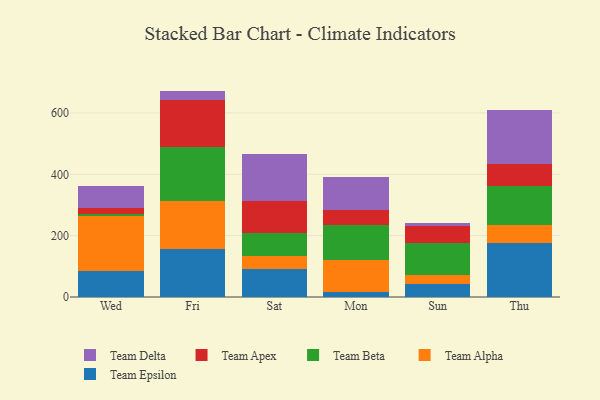
{"axis": {"x": "Day", "y": "Energy Usage (MWh)"}, "legend": ["Team Alpha", "Team Apex", "Team Beta", "Team Delta", "Team Epsilon"], "data": [{"x": "Wed", "y": 85.7, "type": "Team Epsilon"}, {"x": "Wed", "y": 178.7, "type": "Team Alpha"}, {"x": "Wed", "y": 5.0, "type": "Team Beta"}, {"x": "Wed", "y": 22.1, "type": "Team Apex"}, {"x": "Wed", "y": 71.0, "type": "Team Delta"}, {"x": "Fri", "y": 155.4, "type": "Team Epsilon"}, {"x": "Fri", "y": 158.9, "type": "Team Alpha"}, {"x": "Fri", "y": 176.3, "type": "Team Beta"}, {"x": "Fri", "y": 152.7, "type": "Team Apex"}, {"x": "Fri", "y": 28.8, "type": "Team Delta"}, {"x": "Sat", "y": 92.1, "type": "Team Epsilon"}, {"x": "Sat", "y": 42.0, "type": "Team Alpha"}, {"x": "Sat", "y": 76.2, "type": "Team Beta"}, {"x": "Sat", "y": 102.1, "type": "Team Apex"}, {"x": "Sat", "y": 153.1, "type": "Team Delta"}, {"x": "Mon", "y": 17.7, "type": "Team Epsilon"}, {"x": "Mon", "y": 101.5, "type": "Team Alpha"}, {"x": "Mon", "y": 115.7, "type": "Team Beta"}, {"x": "Mon", "y": 48.9, "type": "Team Apex"}, {"x": "Mon", "y": 107.3, "type": "Team Delta"}, {"x": "Sun", "y": 44.0, "type": "Team Epsilon"}, {"x": "Sun", "y": 28.8, "type": "Team Alpha"}, {"x": "Sun", "y": 102.7, "type": "Team Beta"}, {"x": "Sun", "y": 56.4, "type": "Team Apex"}, {"x": "Sun", "y": 8.1, "type": "Team Delta"}, {"x": "Thu", "y": 176.2, "type": "Team Epsilon"}, {"x": "Thu", "y": 59.8, "type": "Team Alpha"}, {"x": "Thu", "y": 126.1, "type": "Team Beta"}, {"x": "Thu", "y": 72.6, "type": "Team Apex"}, {"x": "Thu", "y": 174.6, "type": "Team Delta"}]}